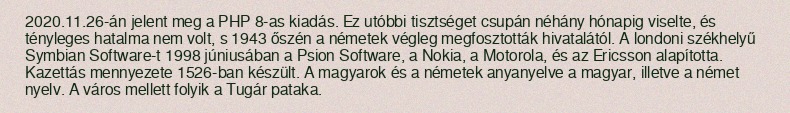
2020.11.26-án jelent meg a PHP 8-as kiadás. Ez utóbbi tisztséget csupán néhány hónapig viselte, és tényleges hatalma nem volt, s 1943 őszén a németek végleg megfosztották hivatalától. A londoni székhelyű Symbian Software-t 1998 júniusában a Psion Software, a Nokia, a Motorola, és az Ericsson alapította. Kazettás mennyezete 1526-ban készült. A magyarok és a németek anyanyelve a magyar, illetve a német nyelv. A város mellett folyik a Tugár pataka.